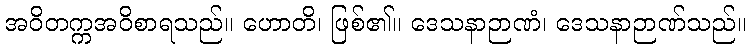
အဝိတက္ကအဝိစာရသည်။ ဟောတိ၊ ဖြစ်၏။ ဒေသနာဉာဏံ၊ ဒေသနာဉာဏ်သည်။